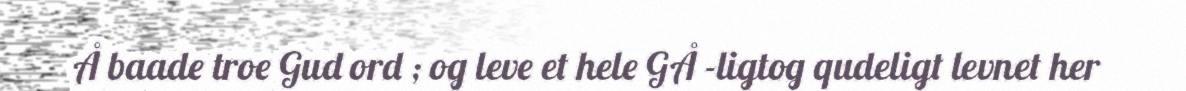
Å baade troe Gud ord ; og leve et hele GÅ -ligtog qudeligt levnet her